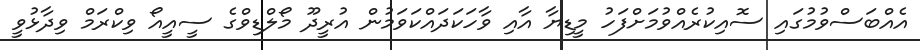
އެއްބަސްވުމުގައި ސޮއިކުރެއްވުމަށްފަހު މީޑިޔާ އާއި ވާހަކަދައްކަވަމުން އުރީދޫ މޯލްޑިވްްގެ ސީއީއޯ ވިކްރަމް ވިދާޅުވީ